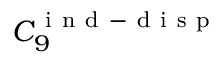
C _ { 9 } ^ { \mathrm { ~ i ~ n ~ d ~ - ~ d ~ i ~ s ~ p ~ } }